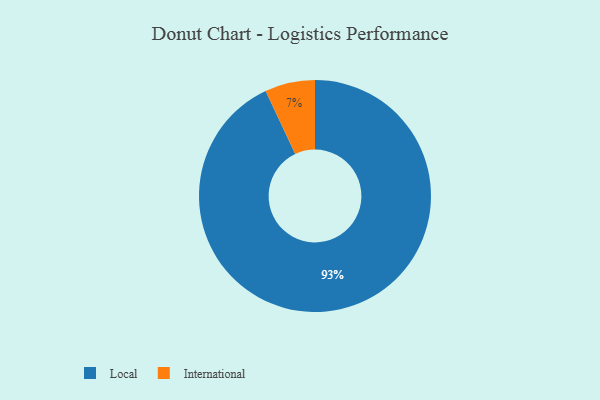
{"axis": {"x": "Category", "y": "Percentage"}, "legend": ["International", "Local"], "data": [{"x": "International", "y": 7, "type": "International"}, {"x": "Local", "y": 93, "type": "Local"}]}